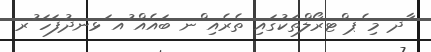
ާދ މި ެޕ ްޓރޯލްތަކުގައި ތެރެއި ްނ ބައެއް ުއ ަޅނދުފަހަ ުރ